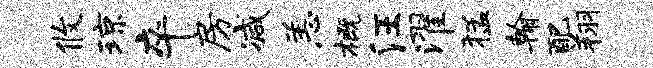
攸琼卒房减恙概汪濯猛翰配翔